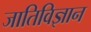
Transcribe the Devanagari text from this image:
जातिविज्ञान